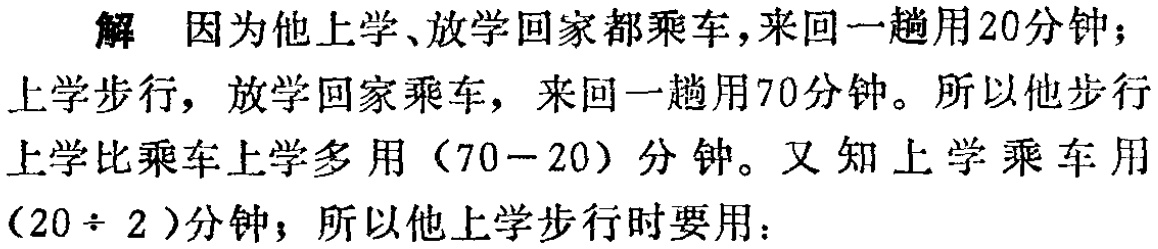
解 因为他上学、放学回家都乘车，来回一趟用20分钟；上学步行，放学回家乘车，来回一趟用70分钟。所以他步行上学比乘车上学多用（70 - 20）分钟。又知上学乘车用（20 \div 2）分钟；所以他上学步行时要用：